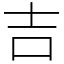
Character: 吉